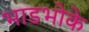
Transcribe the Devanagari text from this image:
भाडभोके